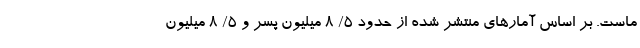
ماست. بر اساس آمارهای منتشر شده از حدود ۵/ ۸ میلیون پسر و ۵/ ۸ میلیون